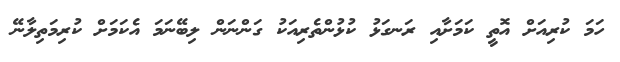
ހަމަ ކުރިއަށް އޮތީ ކަމަށާއި ރަނގަޅު ކުޅުންތެރިއަކު ގަންނަން ލިބޭނަމަ އެކަމަށް ކުރިމަތިލާނޭ